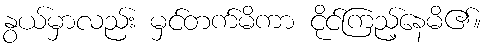
နွယ်မှာလည်း မှင်တက်မိကာ ငိုင်ကြည့်နေမိ၏။